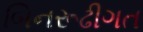
બિનરૂઢીગત